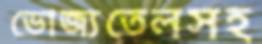
ভোজ্যতেলসহ